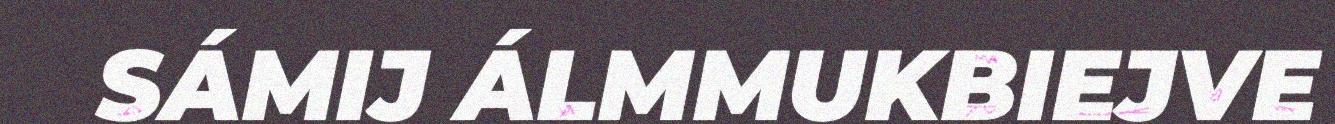
SÁMIJ ÁLMMUKBIEJVE